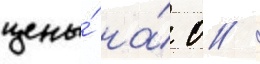
цены́ на́ 0 /